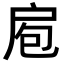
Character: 𭠆